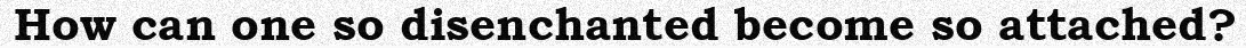
How can one so disenchanted become so attached?